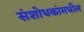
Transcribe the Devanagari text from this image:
संशोधकांमधील